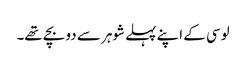
لوسی کے اپنے پہلے شوہر سے دو بچے تھے۔